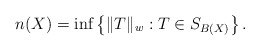
\begin{align*}n(X)=\inf\left\{\|T\|_w:T\in S_{B(X)}\right\}.\end{align*}